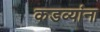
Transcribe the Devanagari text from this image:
कडव्यांना